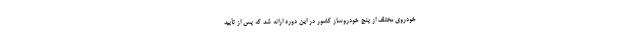
خودروی مختلف از پنج خودروساز کشور در این دوره ارائه شد که پس از تأیید